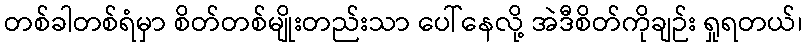
တစ်ခါတစ်ရံမှာ စိတ်တစ်မျိုးတည်းသာ ပေါ်နေလို့ အဲဒီစိတ်ကိုချဉ်း ရှုရတယ်၊